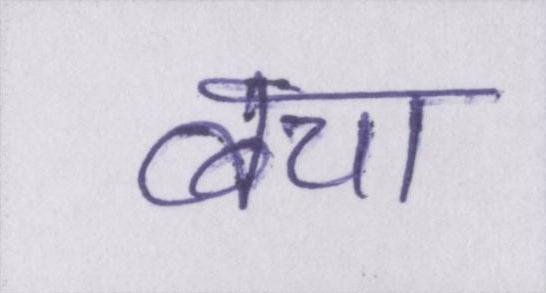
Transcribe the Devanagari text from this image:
बचा